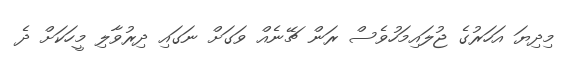
މިދިޔަ އަހަރުގެ ޖުލައިމަހުވެސް ރަން ޗޭނެއް ވަގަށް ނަގައި ދިރުވާލި މީހަކަށް ދެ